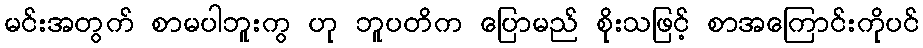
မင်းအတွက် စာမပါဘူးကွ ဟု ဘူပတိက ပြောမည် စိုးသဖြင့် စာအကြောင်းကိုပင်